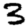
Digit: 3